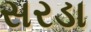
સરડા